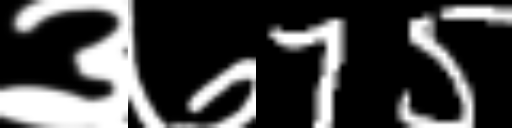
Text: ३७75